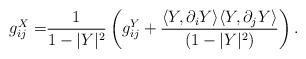
LaTeX: \begin{align*} g_{ij}^X =& \frac 1 {1-|Y|^2}\left(g_{ij}^Y+\frac{\langle Y,\partial_iY\rangle\langle Y,\partial_jY\rangle }{(1-|Y|^2)}\right).\end{align*}